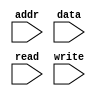
`timescale 1ns / 1ns

module mem (
     input     [4:0]addr,
     input     [7:0]data,
     input     read,
     input     write
);
     reg [7:0] memory [0:31];

     assign data = read ? memory[addr] : 8'bz ;
     
     always @(posedge write)begin
          memory[addr] = data; 
     end


endmodule